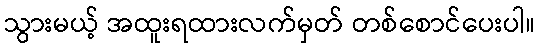
သွားမယ့် အထူးရထားလက်မှတ် တစ်စောင်ပေးပါ။